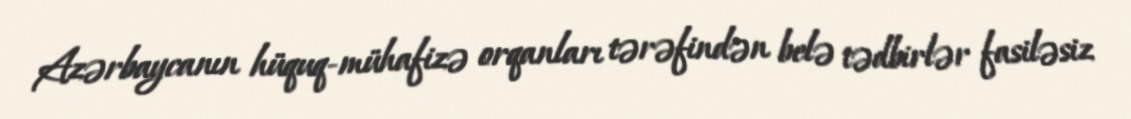
Azərbaycanın hüquq-mühafizə orqanları tərəfindən belə tədbirlər fasiləsiz